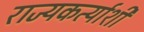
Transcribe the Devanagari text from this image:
राज्यकर्त्याशी